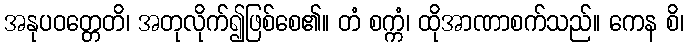
အနုပဝတ္တေတိ၊ အတုလိုက်၍ဖြစ်စေ၏။ တံ စက္ကံ၊ ထိုအာဏာစက်သည်။ ကေန စိ၊